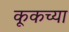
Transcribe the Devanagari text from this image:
कूकच्या